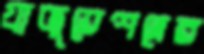
গ্রাজুয়েশনের